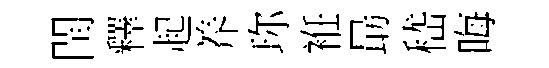
閏釋起养珎袵朂嵇晦